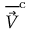
\overline { { \vec { V } } } ^ { \mathrm { c } }